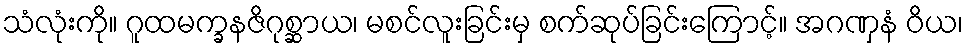
သံလုံးကို။ ဂူထမက္ခနဇိဂုစ္ဆာယ၊ မစင်လူးခြင်းမှ စက်ဆုပ်ခြင်းကြောင့်။ အဂဏှနံ ဝိယ၊